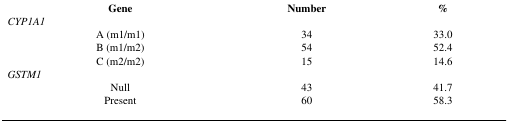
<table><thead><tr><td><b>Gene</b></td><td><b>Number</b></td><td><b>%</b></td></tr></thead><tbody><tr><td colspan="3"><i>CYP1A1</i></td></tr><tr><td>A (m1/m1)</td><td>34</td><td>33.0</td></tr><tr><td>B (m1/m2)</td><td>54</td><td>52.4</td></tr><tr><td>C (m2/m2)</td><td>15</td><td>14.6</td></tr><tr><td colspan="3"><i>GSTM1</i></td></tr><tr><td>Null</td><td>43</td><td>41.7</td></tr><tr><td>Present</td><td>60</td><td>58.3</td></tr></tbody></table>